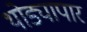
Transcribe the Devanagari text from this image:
थोड्यापार